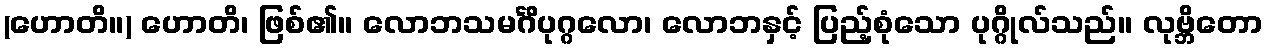
(ဟောတိ။) ဟောတိ၊ ဖြစ်၏။ လောဘသမင်္ဂိပုဂ္ဂလော၊ လောဘနှင့် ပြည့်စုံသော ပုဂ္ဂိုလ်သည်။ လုဗ္ဘိတော